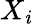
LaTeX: X_{\mathit{i}}